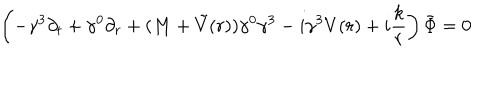
LaTeX: \left( - \gamma ^ { 3 } \partial _ { t } + \gamma ^ { 0 } \partial _ { r } + ( M + \tilde { V } ( r ) ) \gamma ^ { 0 } \gamma ^ { 3 } - i \gamma ^ { 3 } V ( r ) + i \frac k r \right) \bar { \Phi } = 0